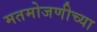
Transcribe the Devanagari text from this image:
मतमोजणीच्या